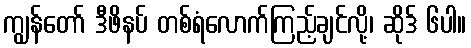
ကျွန်တော် ဒီဖိနပ် တစ်ရံလောက်ကြည့်ချင်လို့၊ ဆိုဒ် ၆ပါ။